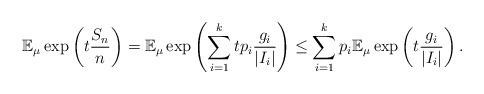
LaTeX: \begin{align*}\mathbb E_{\mu} \exp \left( t \frac{S_n}{n} \right) = \mathbb E_{\mu} \exp \left( \sum_{i=1}^k t p_i \frac{g_i}{|I_i|} \right) \leq \sum_{i=1}^k p_i \mathbb E_{\mu} \exp \left( t \frac{g_i}{|I_i|} \right).\end{align*}